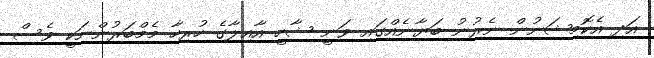
އަދި އެކޮމިޝަނުން ނެރުނު ބަޔާނެއްގައި ވަނީ ޝާހީ އާއިލާގެ ހުރިހާ މެމްބަރުންނަކީ ވެސް